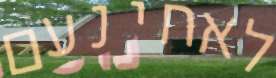
לאחינעם